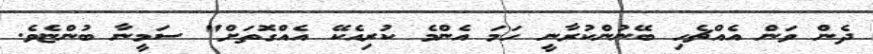
ދެން ވަން އެއްޗެހި ބޭނުންކުރާނީ ހަމަ އެންމެ ކުރިއެކޭ އެއްގޮތަށް" ސަމީނާ ބުންޏެވެ.